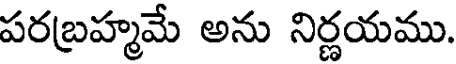
పరబ్రహ్మమే అను నిర్ణయము.